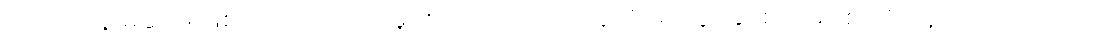
ငယ်ငယ်နဲ့ မုဆိုးဖို ဖြစ်တဲ့ ကိုယ်တော်မှိုင်းဟာ ကလေးတွေကို မိထွေး နှိပ်စက်မှာ စိုးလို့ နောက်အိမ်ထောင်